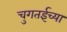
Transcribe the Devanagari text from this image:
चुगतईच्या